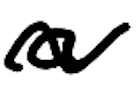
Text: a
Cross-out: wave
Writing tool: digital_black